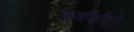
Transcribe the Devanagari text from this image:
कमॉडीटी